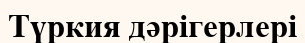
Түркия дәрігерлері